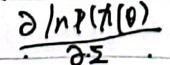
\(\frac{\partial \ln P(\pi \vert \theta)}{\partial \cdot 2}\)